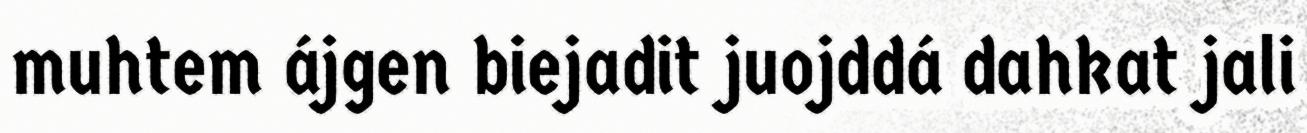
muhtem ájgen biejadit juojddá dahkat jali